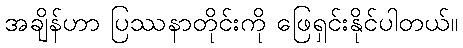
အချိန်ဟာ ပြဿနာတိုင်းကို ဖြေရှင်းနိုင်ပါတယ်။